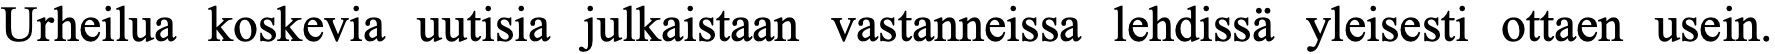
Urheilua koskevia uutisia julkaistaan vastanneissa lehdissä yleisesti ottaen usein.